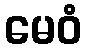
မေဝံ